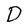
Character: D